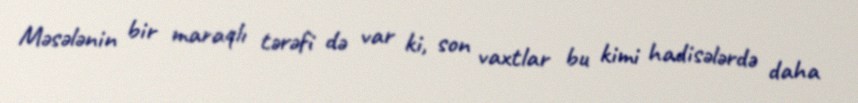
Məsələnin bir maraqlı tərəfi də var ki, son vaxtlar bu kimi hadisələrdə daha